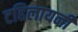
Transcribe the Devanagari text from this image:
टहिलायनी